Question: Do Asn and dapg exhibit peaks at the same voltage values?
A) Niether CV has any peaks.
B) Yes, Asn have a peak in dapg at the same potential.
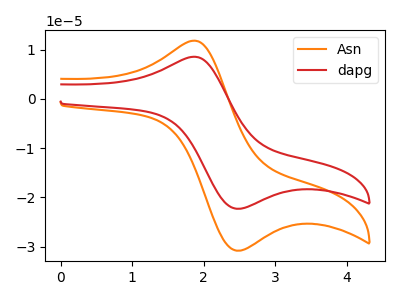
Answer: <think>The orange curve "Asn" has an anodic peak at (1.85V, 11.80uA) and a cathodic peak at (2.45V, -30.80uA). The red curve "dapg" has an anodic peak at (1.85V, 8.55uA) and a cathodic peak at (2.45V, -22.30uA).</think>
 <answer>B) Yes, "Asn" have a peak in "dapg" at the same potential.</answer>
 <eval>B</eval>